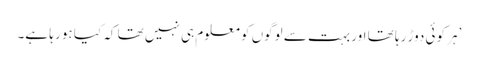
’ہر کوئی دوڑ رہا تھا اور بہت سے لوگوں کو معلوم ہی نہیں تھا کہ کیا ہو رہا ہے۔